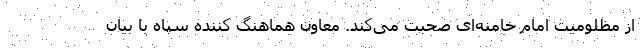
از مظلومیت امام خامنه‌ای صحبت می‌کند. معاون هماهنگ کننده سپاه با بیان